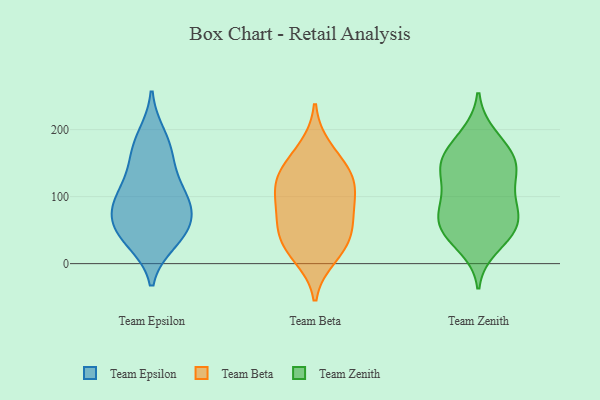
{"axis": {"x": "Revenue (USD Million)", "y": "Value"}, "legend": ["Team Beta", "Team Epsilon", "Team Zenith"], "data": [{"x": "", "y": 44, "type": "Team Epsilon"}, {"x": "", "y": 190, "type": "Team Epsilon"}, {"x": "", "y": 87, "type": "Team Epsilon"}, {"x": "", "y": 118, "type": "Team Epsilon"}, {"x": "", "y": 45, "type": "Team Epsilon"}, {"x": "", "y": 83, "type": "Team Epsilon"}, {"x": "", "y": 56, "type": "Team Epsilon"}, {"x": "", "y": 170, "type": "Team Epsilon"}, {"x": "", "y": 83, "type": "Team Epsilon"}, {"x": "", "y": 34, "type": "Team Epsilon"}, {"x": "", "y": 155, "type": "Team Epsilon"}, {"x": "", "y": 106, "type": "Team Epsilon"}, {"x": "", "y": 123, "type": "Team Beta"}, {"x": "", "y": 44, "type": "Team Beta"}, {"x": "", "y": 38, "type": "Team Beta"}, {"x": "", "y": 25, "type": "Team Beta"}, {"x": "", "y": 117, "type": "Team Beta"}, {"x": "", "y": 142, "type": "Team Beta"}, {"x": "", "y": 132, "type": "Team Beta"}, {"x": "", "y": 96, "type": "Team Beta"}, {"x": "", "y": 11, "type": "Team Beta"}, {"x": "", "y": 74, "type": "Team Beta"}, {"x": "", "y": 172, "type": "Team Beta"}, {"x": "", "y": 74, "type": "Team Beta"}, {"x": "", "y": 40, "type": "Team Zenith"}, {"x": "", "y": 143, "type": "Team Zenith"}, {"x": "", "y": 50, "type": "Team Zenith"}, {"x": "", "y": 92, "type": "Team Zenith"}, {"x": "", "y": 66, "type": "Team Zenith"}, {"x": "", "y": 152, "type": "Team Zenith"}, {"x": "", "y": 153, "type": "Team Zenith"}, {"x": "", "y": 114, "type": "Team Zenith"}, {"x": "", "y": 193, "type": "Team Zenith"}, {"x": "", "y": 160, "type": "Team Zenith"}, {"x": "", "y": 186, "type": "Team Zenith"}, {"x": "", "y": 55, "type": "Team Zenith"}, {"x": "", "y": 50, "type": "Team Zenith"}, {"x": "", "y": 70, "type": "Team Zenith"}, {"x": "", "y": 148, "type": "Team Zenith"}, {"x": "", "y": 100, "type": "Team Zenith"}, {"x": "", "y": 84, "type": "Team Zenith"}, {"x": "", "y": 24, "type": "Team Zenith"}, {"x": "", "y": 137, "type": "Team Zenith"}]}